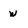
Character: w